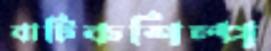
বাটিকশিল্প